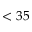
< 3 5